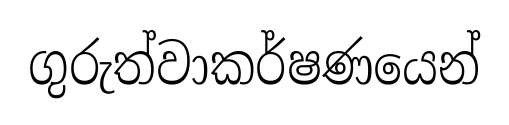
ගුරුත්වාකර්ෂණයෙන්